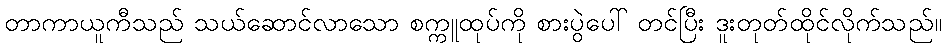
တာကာယူကီသည် သယ်ဆောင်လာသော စက္ကူထုပ်ကို စားပွဲပေါ် တင်ပြီး ဒူးတုတ်ထိုင်လိုက်သည်။